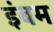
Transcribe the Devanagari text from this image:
इंबम